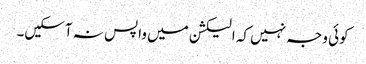
کوئی وجہ نہیں کہ الیکشن میں واپس نہ آسکیں۔